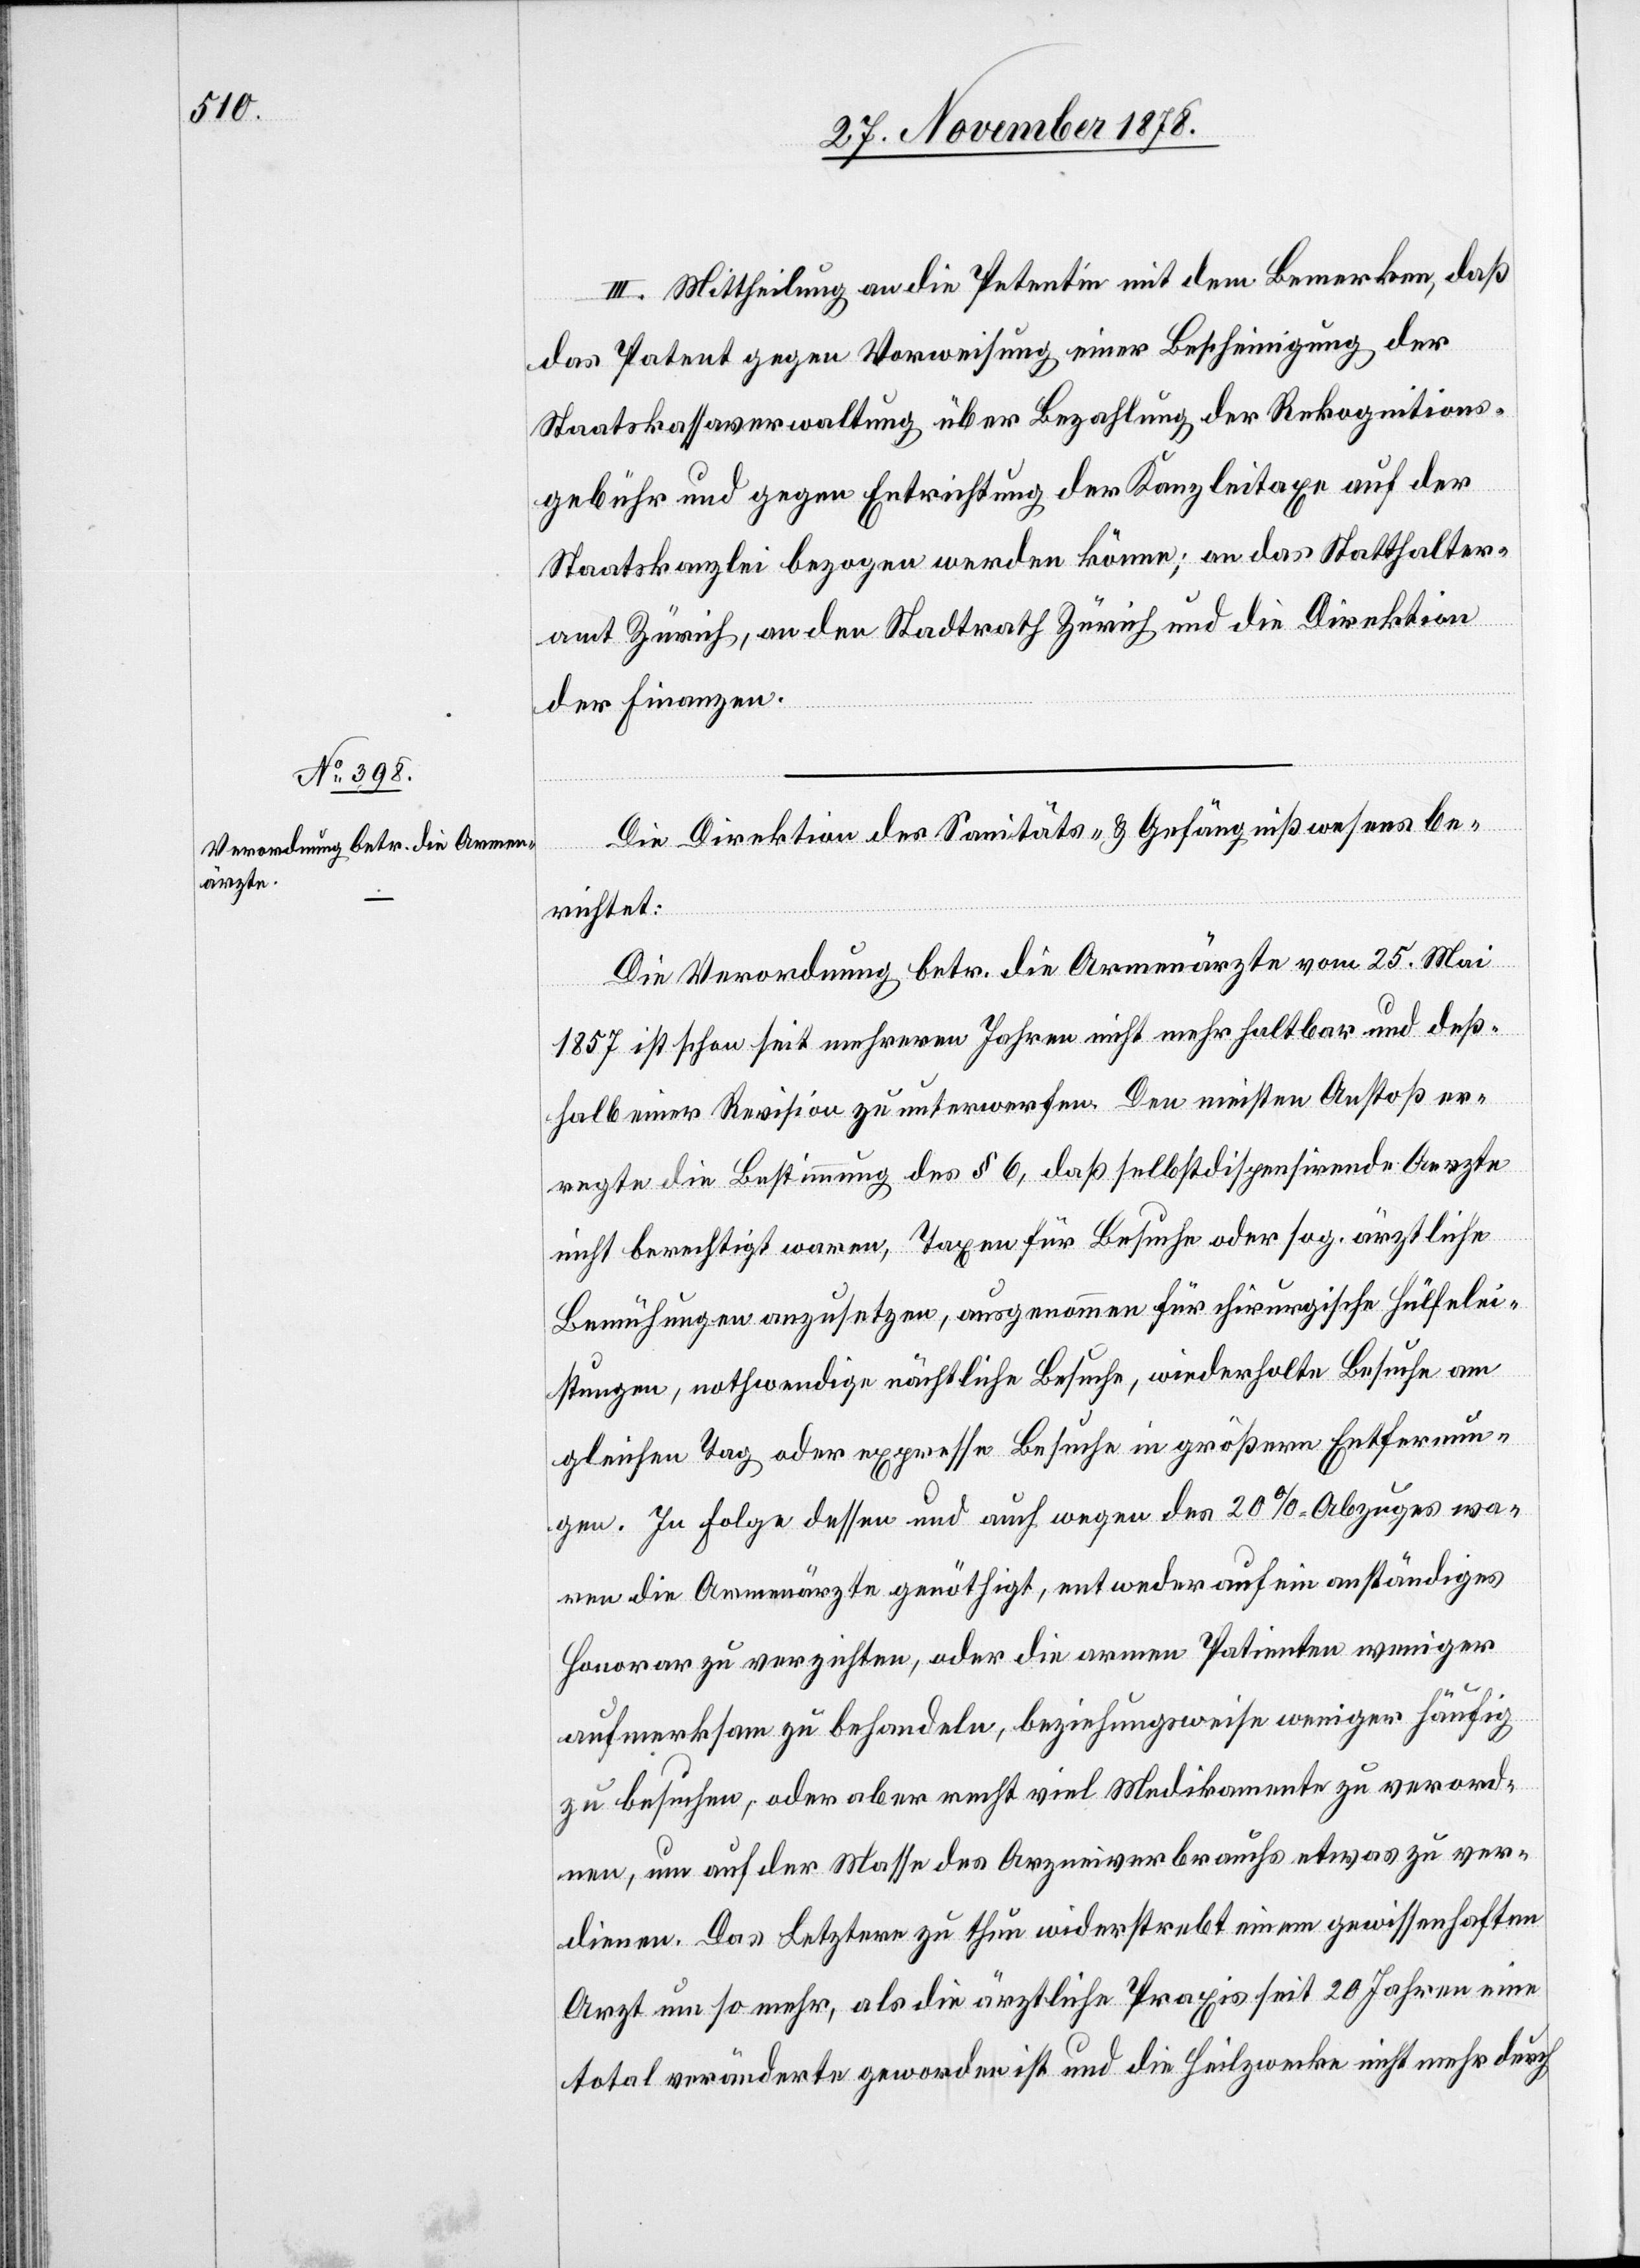
III. Mittheilung an die Petentin, mit dem Bemerken, daß
das Patent gegen Vorweisung einer Bescheinigung der
Staatskassaverwaltung über Bezahlung der Rekognitions¬
gebühr und gegen Entrichtung der Kanzleitaxe auf der
Staatskanzlei bezogen werden könne; an das Statthalter¬
amt Zürich, an den Stadtrath Zürich & die Direktion
der Finanzen.
Die Direktion des Sanitäts- & Gefängnißwesens be¬
richtet:
Die Verordnung betr. die Armenärzte vom 25. Mai
1857 ist schon seit mehreren Jahren nicht mehr haltbar und deß¬
halb einer Revision zu unterwerfen. Den meisten Anstoß er¬
regte die Bestimmung des § 6, daß selbstdispensirende Aerzte
nicht berechtigt waren, Taxen für Besuche oder sog. ärztliche
Bemühungen anzusetzen, ausgenommen für chirurgische Hülfelei¬
stungen, nothwendige nächtliche Besuche, wiederholte Besuche am
gleichen Tag oder expresse Besuche in größern Entfernun¬
gen. In Folge dessen und auch wegen des 20%-Abzuges wa¬
ren die Armenärzte genöthigt, entweder auf ein anständiges
Honorar zu verzichten, oder die armen Patienten weniger
aufmerksam zu behandeln, beziehungsweise weniger häufig
zu besuchen, oder aber recht viel Medikamente zu verord¬
nen, um auf der Masse des Arzneiverbrauchs etwas zu ver¬
dienen. Das Letztere zu thun widersrebt einem gewissenhaften
Arzt um so mehr, als die ärztliche Praxis seit 20 Jahren eine
total veränderte geworden ist und die Heilzwecke nicht mehr durch